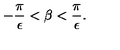
- { \frac { \pi } { \epsilon } } < \beta < { \frac { \pi } { \epsilon } } .